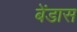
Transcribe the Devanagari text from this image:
बेंडास